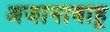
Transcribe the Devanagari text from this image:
अजानाबाहू